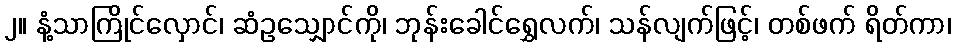
၂။ နံ့သာကြိုင်လှောင်၊ ဆံဥသျှောင်ကို၊ ဘုန်းခေါင်ရွှေလက်၊ သန်လျက်ဖြင့်၊ တစ်ဖက် ရိတ်ကာ၊